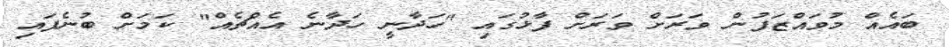
ބައެއް މުވައްޒަފުން ވަރަށް ވަރަށް ފާޅުގައި "ހަދާނީ ހަދާނެ އެއްޗެއް" ކަމަށް ބުނެފައި